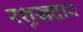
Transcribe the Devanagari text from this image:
रशुखदार